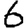
Digit: 6